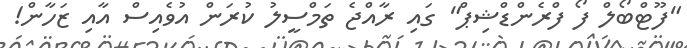
"ފޫޓްބޯލް ފޯ ފްރެންޑްޝިޕް" ގައި ރާއްޖެ ތަމްސީލު ކުރަން އުވެއިސް އާއި ޒަހާން!